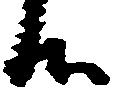
候